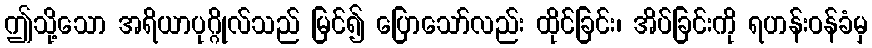
ဤသို့သော အရိယာပုဂ္ဂိုလ်သည် မြင်၍ ပြောသော်လည်း ထိုင်ခြင်း၊ အိပ်ခြင်းကို ရဟန်းဝန်ခံမှ